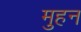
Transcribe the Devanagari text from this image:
मुहन